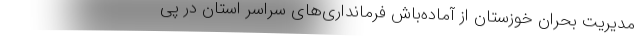
مدیریت بحران خوزستان از آماده‌باش فرمانداری‌های سراسر استان در پی